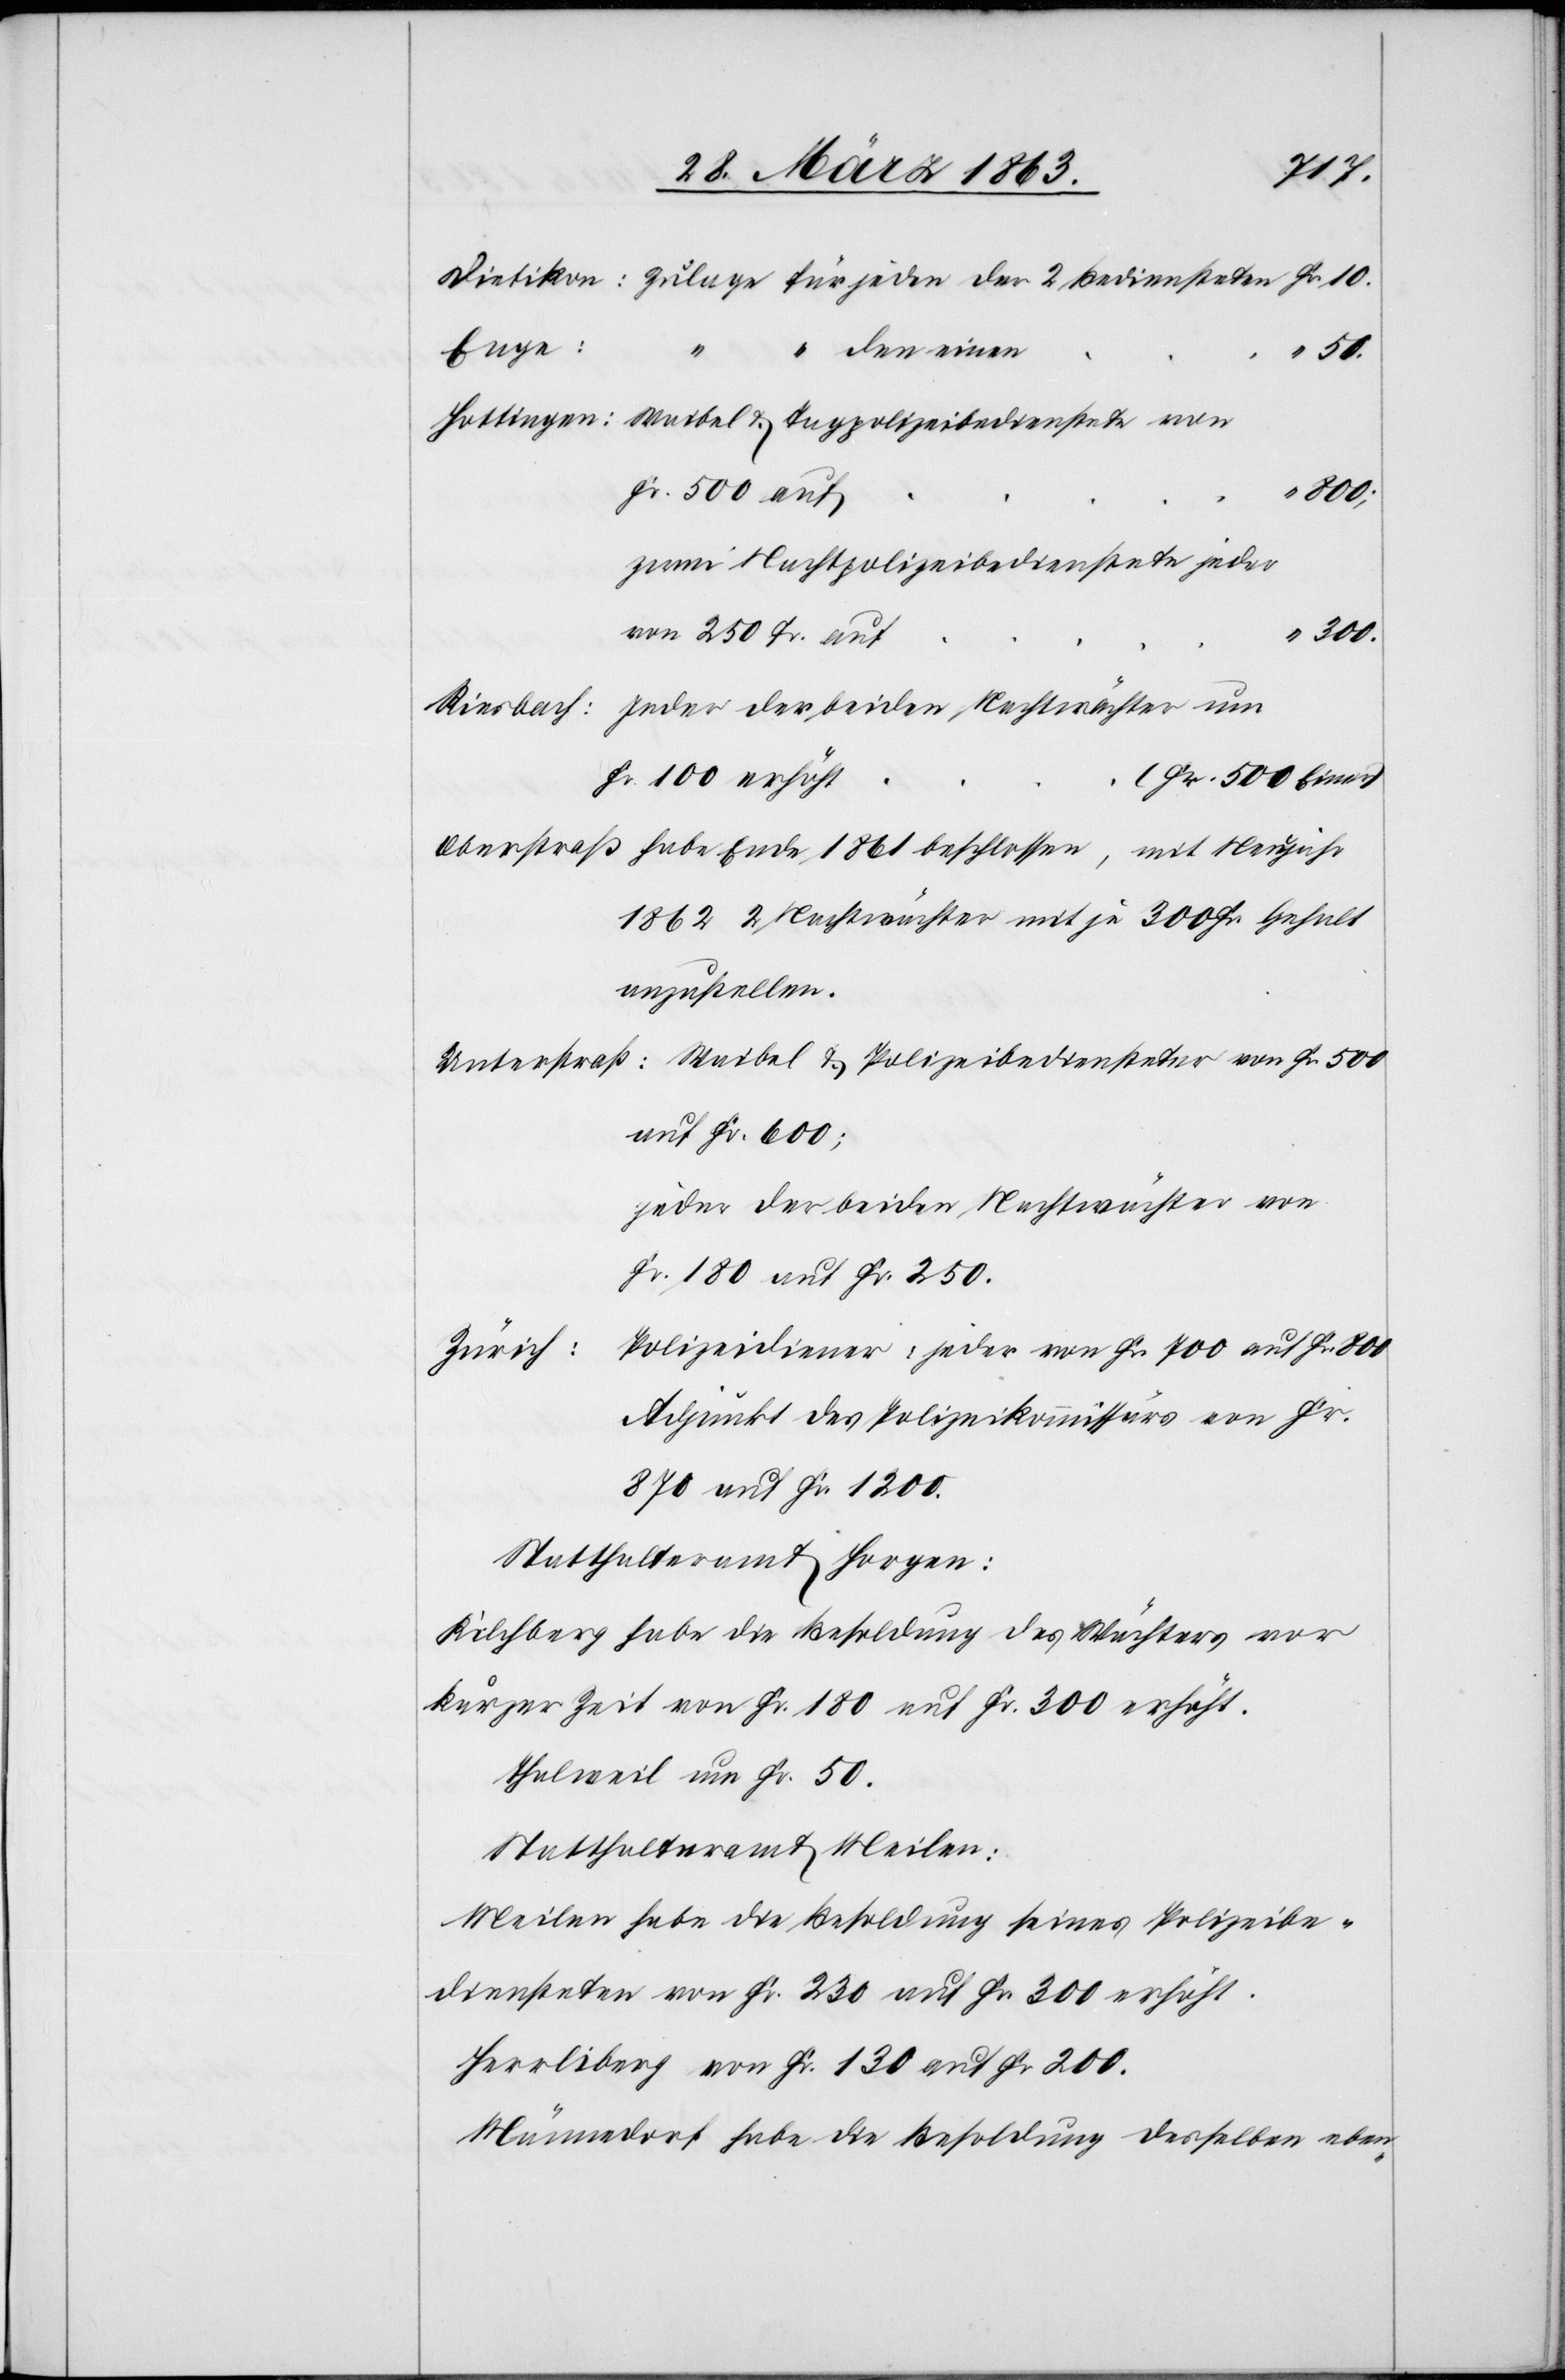
1861
Enge
den einen
500
Fr. 500 auf
300.
zwei Nachtpolizeibedienstete jeder
von 250 Fr. auf
Jeder der beiden Nachtwächter um
Riesbach:
Fr. 100 erhöht
1862 2 Nachtwächter mit je 300 Fr. Gehalt
anzustellen.
auf Fr. 600;
jeden der beiden Nachtwächter von
Fr. 180 auf Fr. 250.
Polizeidiener: jeder von Fr. 700 auf Fr. 800
Zürich:
Adjunkt des Polizeikommissärs von Fr.
870 auf Fr. 1200.
Statthalteramt Horgen:
Kilchberg habe die Besoldung des Wächters vor
kurzer Zeit von Fr. 180 auf Fr. 300 erhöht.
Thalweil um Fr. 50.
Statthalteramt Meilen:
Meilen habe die Besoldung seines Polizeibe¬
diensteten von Fr. 230 auf Fr. 300 erhöht.
Herrliberg von Fr. 130 auf Fr 200.
Männedorf habe die Besoldung desselben eben-